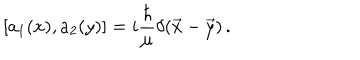
[ a _ { 1 } ( x ) , a _ { 2 } ( y ) ] = i { \frac { \hbar } { \mu } } \delta ( \vec { x } - \vec { y } ) \, .